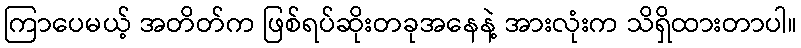
ကြာပေမယ့် အတိတ်က ဖြစ်ရပ်ဆိုးတခုအနေနဲ့ အားလုံးက သိရှိထားတာပါ။